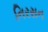
નિરસન